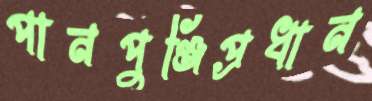
পানপুঞ্জিপ্রধান